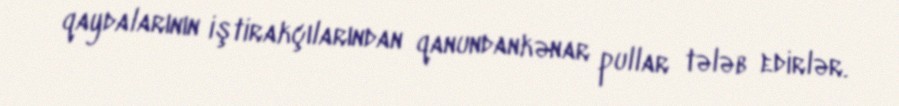
qaydalarının iştirakçılarından qanundankənar pullar tələb edirlər.